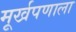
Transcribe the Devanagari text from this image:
मूर्खपणाला